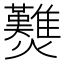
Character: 𤓉